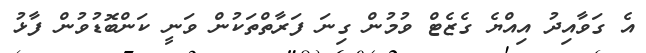
އެ ގަވާއިދު އިއްޔެ ގެޒެޓް ވުމުން ގިނަ ފަރާތްތަކުން ވަނީ ކަންބޮޑުވުން ފާޅު